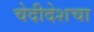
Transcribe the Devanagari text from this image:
चेदीदेशचा